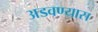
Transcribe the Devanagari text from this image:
अडवण्यास